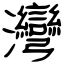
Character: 灣